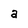
Character: a